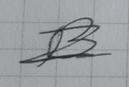
Signature authenticity: forged